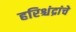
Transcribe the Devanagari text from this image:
हरिश्चंद्रांचे